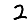
Digit: 2